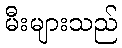
မီးများသည်